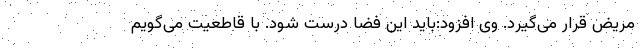
مریض قرار می‌گیرد. وی افزود:‌باید این فضا درست شود. با قاطعیت می‌گویم